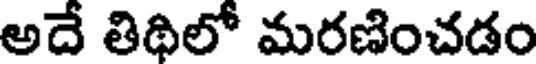
అదే తిథిలో మరణించడం